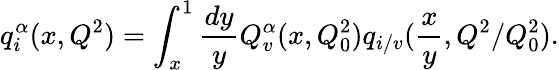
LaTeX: q_{i}^{\alpha}(x,Q^{2})=\int_{x}^{1}{\frac{dy}{y}}Q_{v}^{\alpha}(x,Q_{0}^{2})q_{i/v}({\frac{x}{y}},Q^{2}/Q_{0}^{2}).